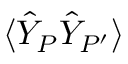
\langle \hat { Y } _ { P } \hat { Y } _ { P ^ { \prime } } \rangle